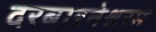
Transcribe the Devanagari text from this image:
दरबारनेश्वरम